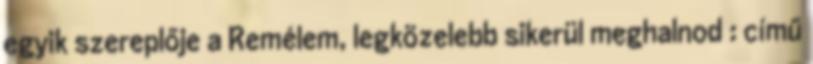
egyik szereplője a Remélem, legközelebb sikerül meghalnod : című